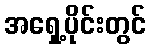
အရှေ့ပိုင်းတွင်